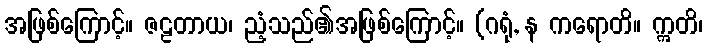
အဖြစ်ကြောင့်။ ဇဠတာယ၊ ညံ့သည်၏အဖြစ်ကြောင့်။ (ဂရုံ, န ကရောတိ။ ဣတိ၊